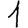
Digit: 1